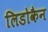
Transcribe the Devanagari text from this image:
लिडोकैन